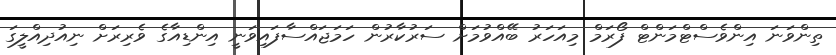
ތިންވަނަ އިންވެސްޓްމަންޓް ފޯރަމް މިއަހަރު ބޭއްވުމަށް ސަރުކާރުން ހަމަޖައްސާފައިވަނީ އިންޑިއާގެ ވެރިރަށް ނިއުދިއްލީގަ